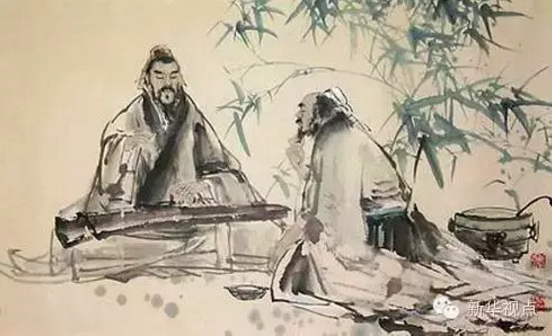
今之孝者，是谓能养。至于犬马皆能有养不敬，何以别乎？